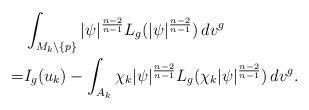
LaTeX: \begin{align*} &\int_{M_k\setminus\{p\}}|\psi|^{\frac{n-2}{n-1}} L_g(|\psi|^{\frac{n-2}{n-1}})\,dv^g\\=& I_g(u_k)-\int_{A_k}\chi_k |\psi|^{\frac{n-2}{n-1}} L_g(\chi_k |\psi|^{\frac{n-2}{n-1}})\,dv^g.\end{align*}